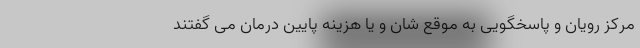
مرکز رویان و پاسخگویی به موقع شان و یا هزینه پایین درمان می گفتند